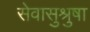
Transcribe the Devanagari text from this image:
सेवासुश्रुषा